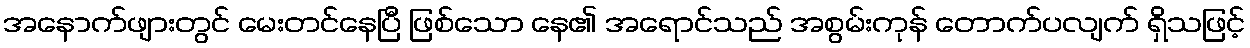
အနောက်ဖျားတွင် မေးတင်နေပြီ ဖြစ်သော နေ၏ အရောင်သည် အစွမ်းကုန် တောက်ပလျက် ရှိသဖြင့်